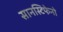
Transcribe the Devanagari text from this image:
सानस्टिफेनो